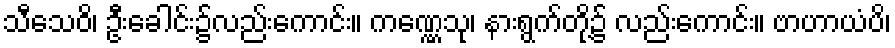
သီသေဝိ၊ ဦးခေါင်း၌လည်းကောင်း။ ကဏ္ဏေသု၊ နားရွက်တို့၌ လည်းကောင်း။ ဗာဟာယံပိ၊